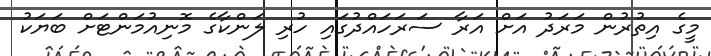
މީގެ އިތުރުން މަރަދު އަށް އަރާ ސަރަހައްދުގައި ހުރި ލަންކާގެ މޮނިއުމަންޓަށް ބަޔަކު